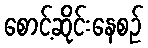
စောင့်ဆိုင်းနေစဉ်